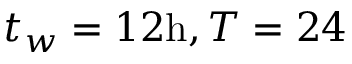
t _ { w } = 1 2 \mathrm { h } , T = 2 4